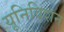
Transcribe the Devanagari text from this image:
यूनिविशन